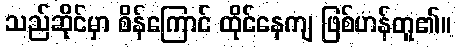
သည်ဆိုင်မှာ စိန်ကြောင် ထိုင်နေကျ ဖြစ်ဟန်တူ၏။